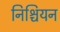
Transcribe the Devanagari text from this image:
निश्चियन